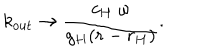
LaTeX: k _ { \mathrm { o u t } } \to { \frac { c _ { H } \; \omega } { g _ { H } ( r - r _ { H } ) } } .